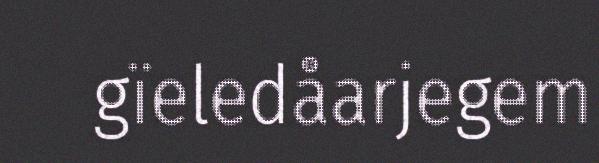
gïeledåarjegem